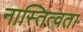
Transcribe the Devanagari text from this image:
नास्तित्वता